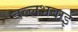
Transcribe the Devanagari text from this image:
वल्लभबाई